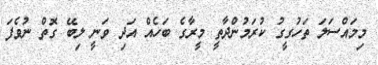
މިމައްސަލަ ތަހުގީގު ކުރަމުންދާތީ މީރާގެ ބަހެއް އަދި ވަނީ ލިބޭ ގޮތް ނުވެފަ